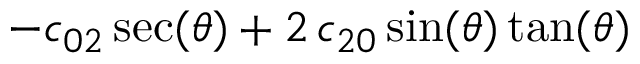
- c _ { 0 2 } \sec ( \theta ) + 2 \, c _ { 2 0 } \sin ( \theta ) \tan ( \theta )